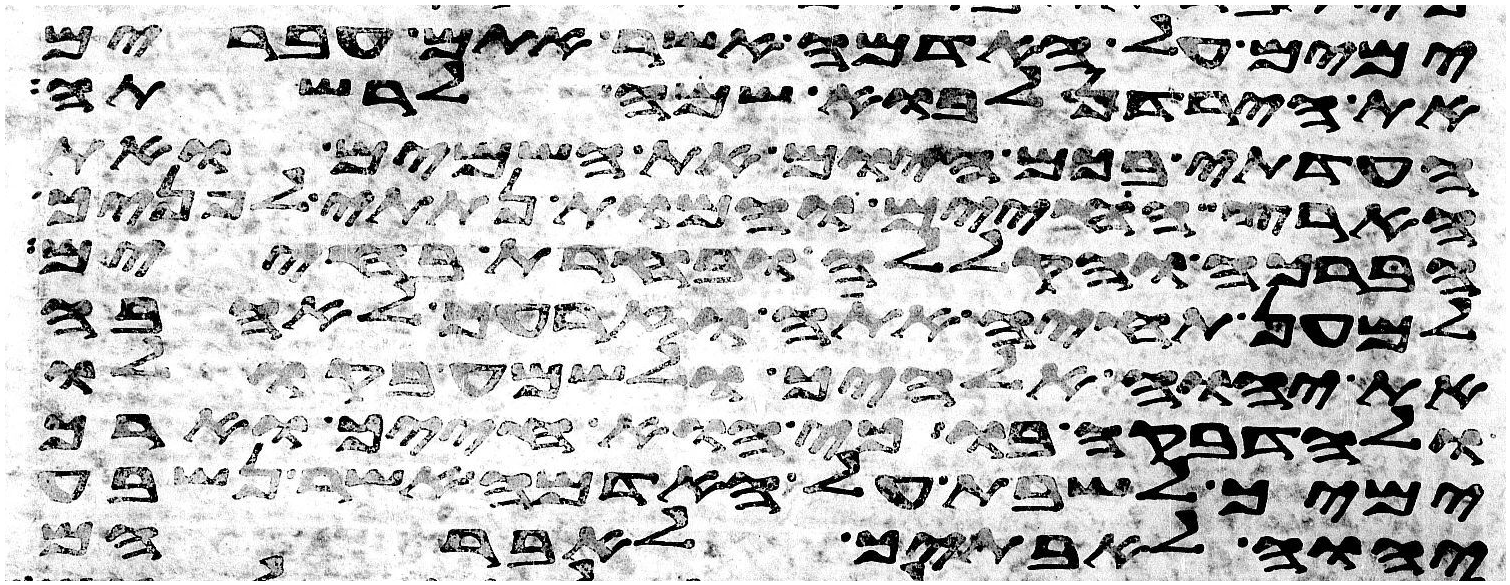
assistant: ימים על האדמה אשר אתם עברים
את הירדן לבוא שמה לרשתה
העדתי בכם היום את השמים ואת
הארץ החיים והמות נתתי לפניך
הברכה והקללה ובחרת בחיים
למען תחיה אתה וזרעך לאהבה
את יהוה אלהיך ולשמע בקולו
ולהדבקה בו כי הוא חייך וארך
ימיך לשבת על האדמה אשר נשבע
יהוה לאבתיך לאברהם